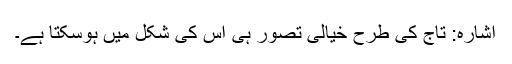
اشارہ: تاج کی طرح خیالی تصور ہی اس کی شکل میں ہوسکتا ہے۔